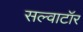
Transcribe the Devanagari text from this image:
सल्वाटॉर